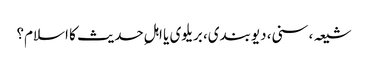
شیعہ، سنی، دیوبندی، بریلوی یا اہلِ حدیث کا اسلام؟